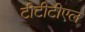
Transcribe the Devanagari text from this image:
टीटीटीएल